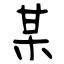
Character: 某